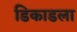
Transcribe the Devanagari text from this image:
डिकाडला